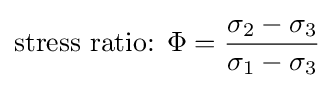
{\text{stress ratio: }}\Phi ={\frac {\sigma _{2}-\sigma _{3}}{\sigma _{1}-\sigma _{3}}}